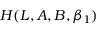
{ \cal H } ( L , A , B , \beta _ { 1 } )